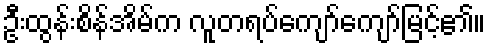
ဦးထွန်းစိန်အိမ်က လူတရပ်ကျော်ကျော်မြင့်၏။